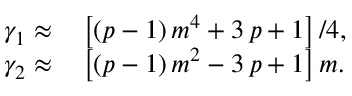
\begin{array} { r l } { \gamma _ { 1 } \approx } & { { } \left[ \left( p - 1 \right) m ^ { 4 } + 3 \, p + 1 \right] / 4 , } \\ { \gamma _ { 2 } \approx } & { { } \left[ \left( p - 1 \right) m ^ { 2 } - 3 \, p + 1 \right] m . } \end{array}